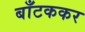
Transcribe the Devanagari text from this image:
बाँटककर